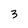
Character: 3